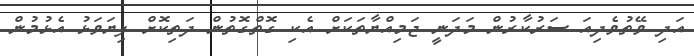
އަދި ވޭތުވެދިއަ ސަރުކާރުން މަދަނީ ޖަމިއްޔާތަކަށް އެކި ގޮތްގޮތުން ދަތިކޮށް ފިޔަވަޅު އެޅުމުން